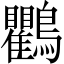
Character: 鸜